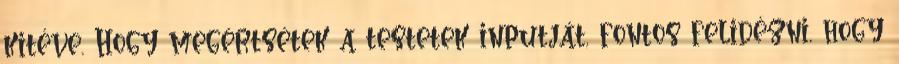
kitéve. Hogy megértsétek a testetek inputját, fontos felidézni, hogy